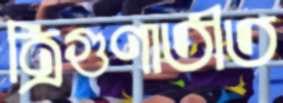
ত্রিগুণাতীত